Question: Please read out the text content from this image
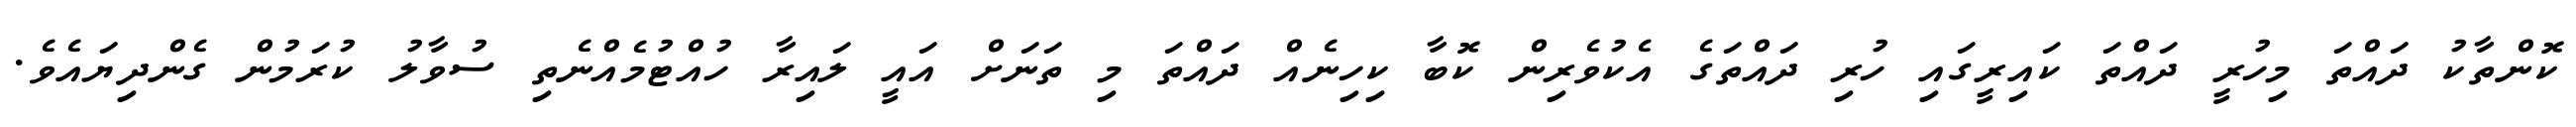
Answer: ކޮންތާކު ދައްތަ މިހުރީ ދައްތަ ކައިރީގައި ހުރި ދައްތަގެ އެކުވެރިން ކޮބާ ކިހިނެއް ދައްތަ މި ތަނަށް އައީ ލައިރާ ހުއްޓުމެއްނެތި ސުވާލު ކުރަމުން ގެންދިޔައެވެ.